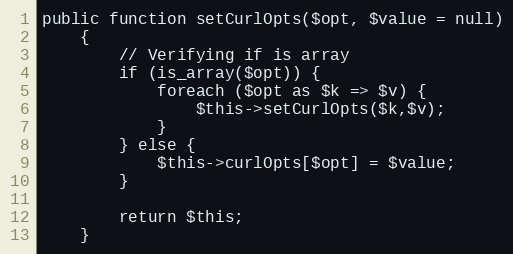
Language: PHP
public function setCurlOpts($opt, $value = null)
	{
		// Verifying if is array
		if (is_array($opt)) {
			foreach ($opt as $k => $v) {
				$this->setCurlOpts($k,$v);
			}
		} else {
			$this->curlOpts[$opt] = $value;
		}

		return $this;
	}